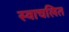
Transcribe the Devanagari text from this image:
स्वाचलित